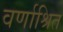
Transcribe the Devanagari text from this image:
वर्णाश्रित